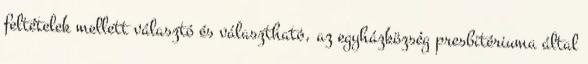
feltételek mellett választó és választható, az egyházközség presbitériuma által